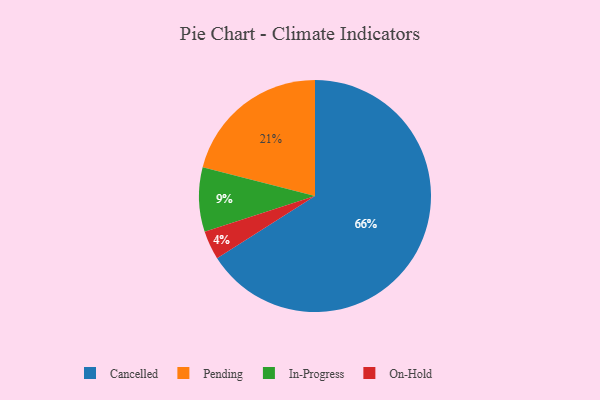
{"axis": {"x": "Category", "y": "Percentage"}, "legend": ["Cancelled", "In-Progress", "On-Hold", "Pending"], "data": [{"x": "Pending", "y": 21, "type": "Pending"}, {"x": "In-Progress", "y": 9, "type": "In-Progress"}, {"x": "Cancelled", "y": 66, "type": "Cancelled"}, {"x": "On-Hold", "y": 4, "type": "On-Hold"}]}